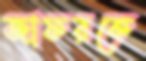
জাফরকে